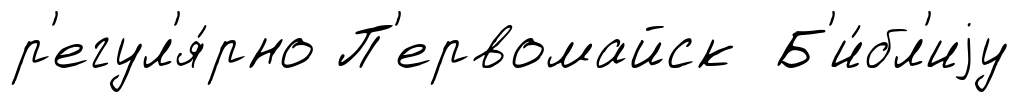
р'егул'я́рно П'ервомайск Б'и́бл'иjу